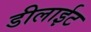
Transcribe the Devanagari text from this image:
डीलाईट